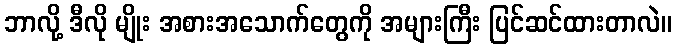
ဘာလို့ ဒီလို မျိုး အစားအသောက်တွေကို အများကြီး ပြင်ဆင်ထားတာလဲ။